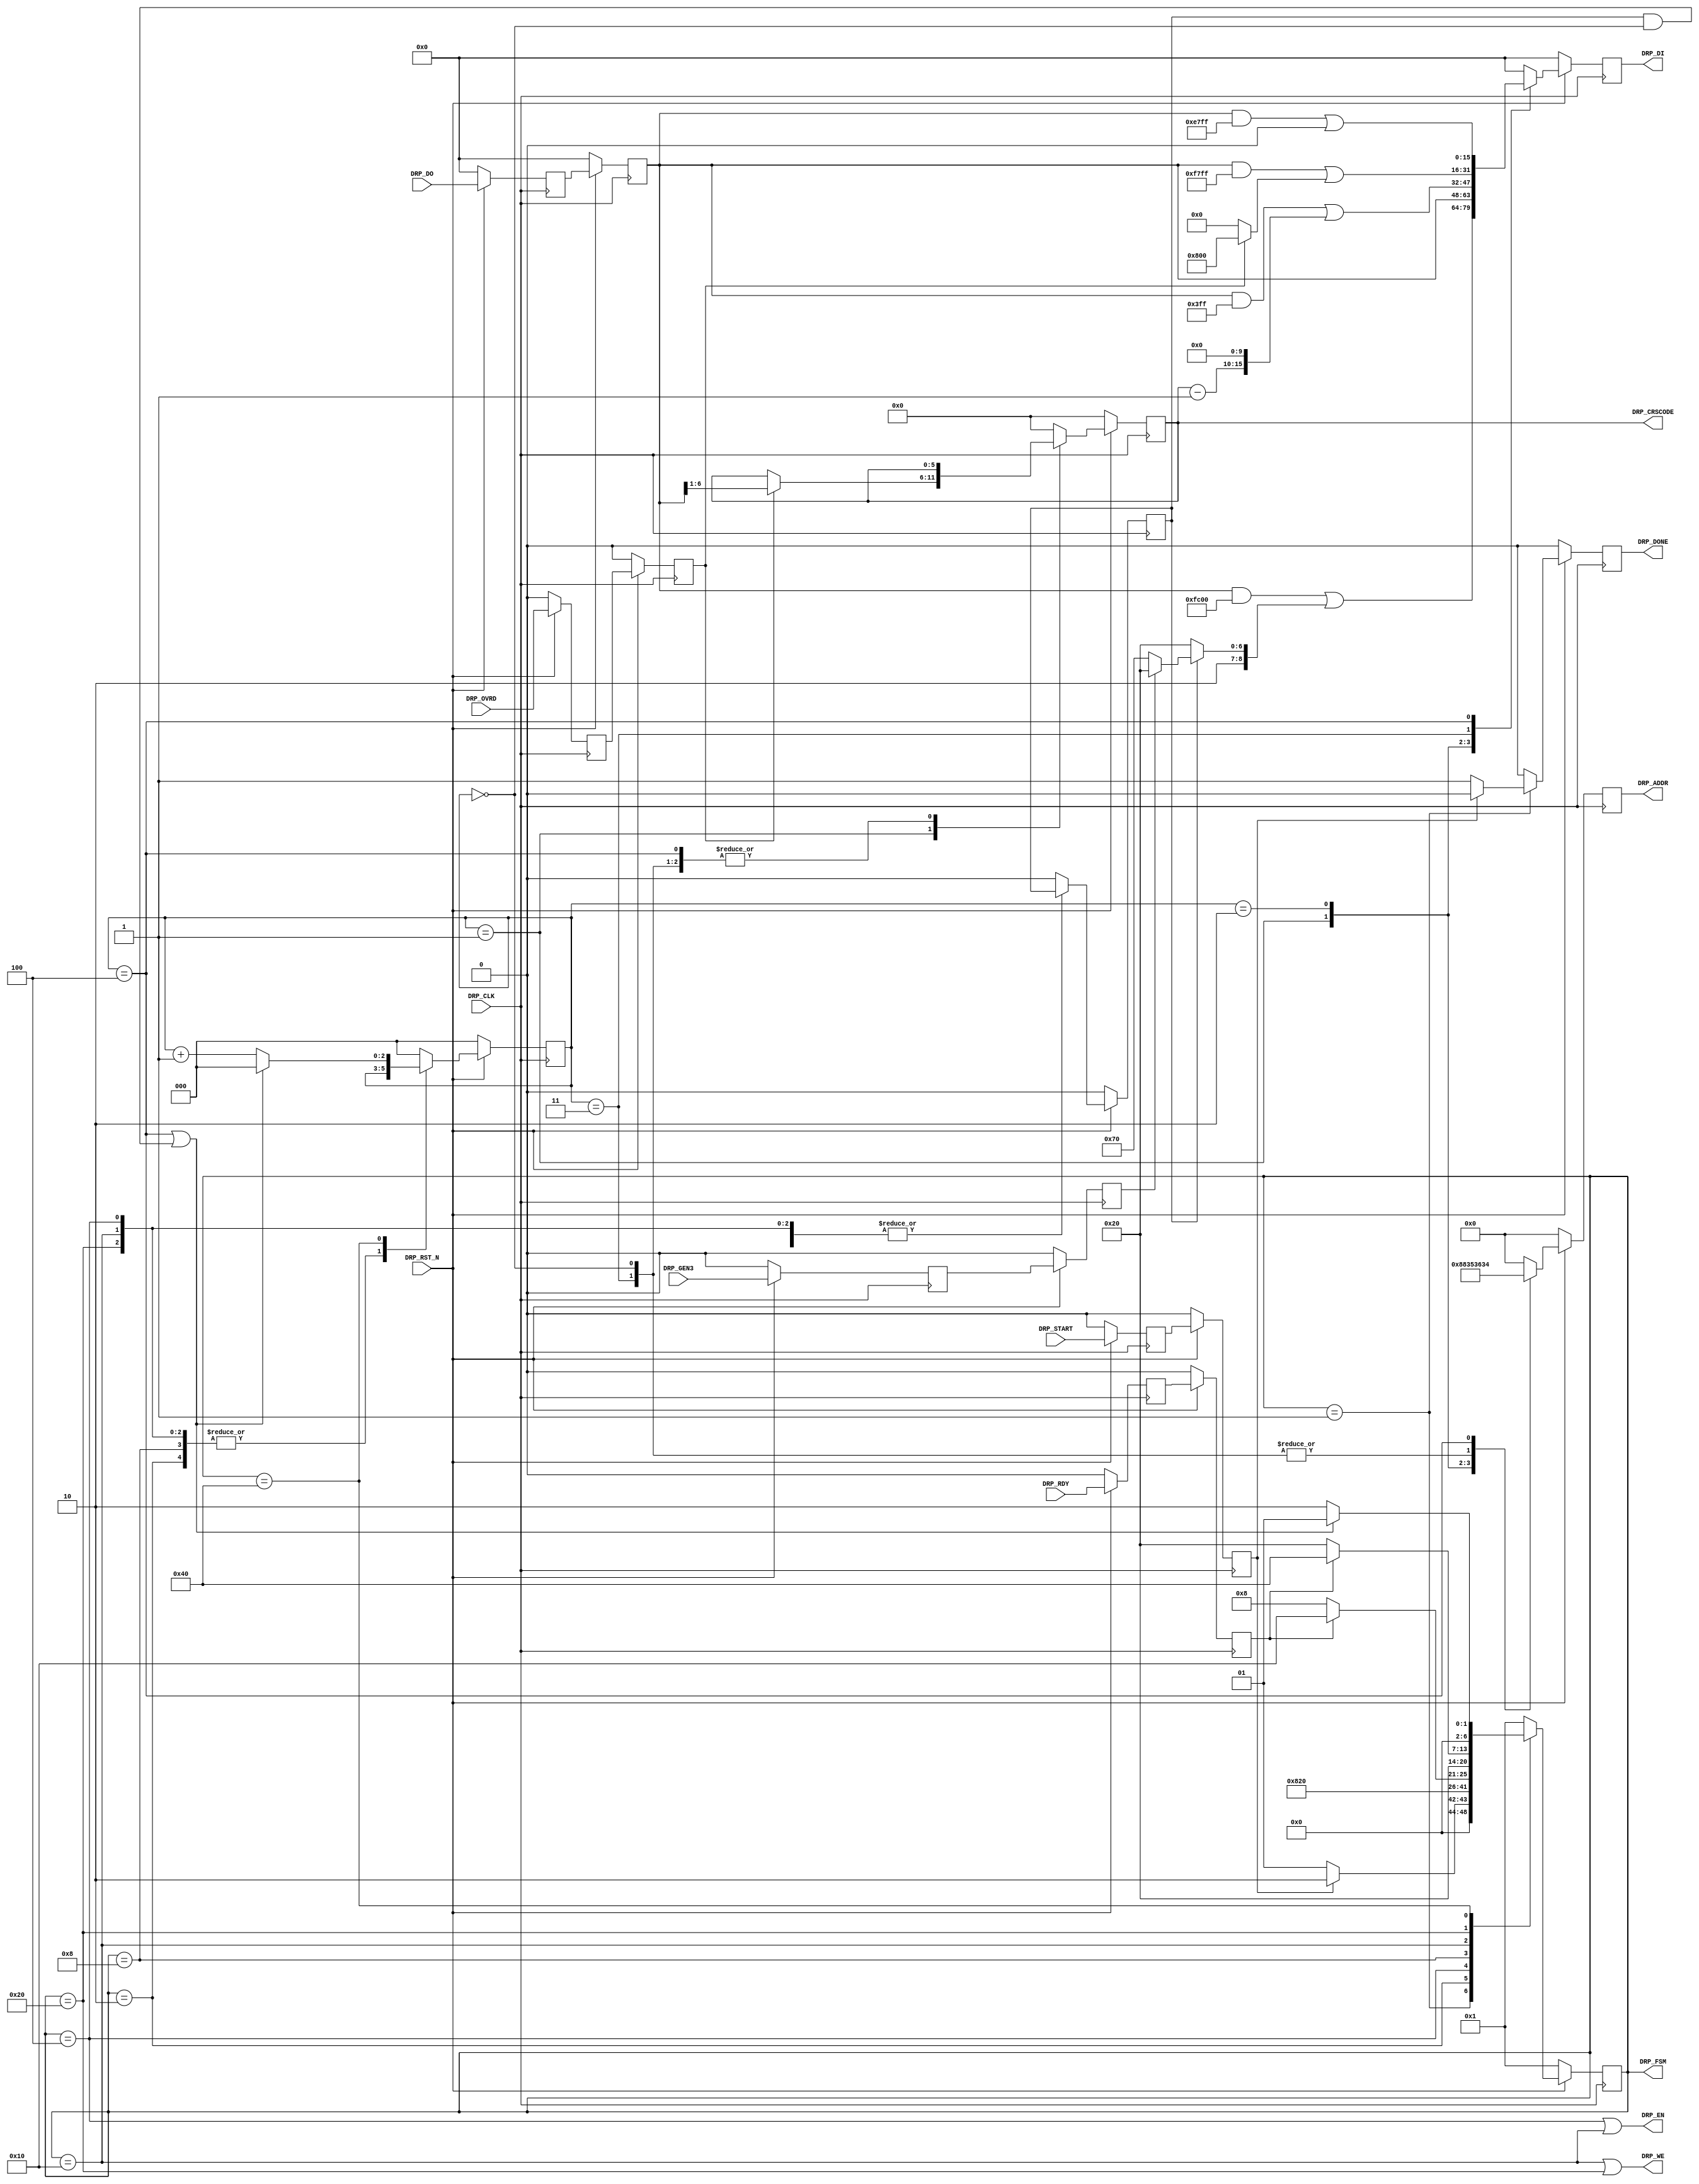
//-----------------------------------------------------------------------------
//
// (c) Copyright 2010-2011 Xilinx, Inc. All rights reserved.
//
// This file contains confidential and proprietary information
// of Xilinx, Inc. and is protected under U.S. and
// international copyright and other intellectual property
// laws.
//
// DISCLAIMER
// This disclaimer is not a license and does not grant any
// rights to the materials distributed herewith. Except as
// otherwise provided in a valid license issued to you by
// Xilinx, and to the maximum extent permitted by applicable
// law: (1) THESE MATERIALS ARE MADE AVAILABLE "AS IS" AND
// WITH ALL FAULTS, AND XILINX HEREBY DISCLAIMS ALL WARRANTIES
// AND CONDITIONS, EXPRESS, IMPLIED, OR STATUTORY, INCLUDING
// BUT NOT LIMITED TO WARRANTIES OF MERCHANTABILITY, NON-
// INFRINGEMENT, OR FITNESS FOR ANY PARTICULAR PURPOSE; and
// (2) Xilinx shall not be liable (whether in contract or tort,
// including negligence, or under any other theory of
// liability) for any loss or damage of any kind or nature
// related to, arising under or in connection with these
// materials, including for any direct, or any indirect,
// special, incidental, or consequential loss or damage
// (including loss of data, profits, goodwill, or any type of
// loss or damage suffered as a result of any action brought
// by a third party) even if such damage or loss was
// reasonably foreseeable or Xilinx had been advised of the
// possibility of the same.
//
// CRITICAL APPLICATIONS
// Xilinx products are not designed or intended to be fail-
// safe, or for use in any application requiring fail-safe
// performance, such as life-support or safety devices or
// systems, Class III medical devices, nuclear facilities,
// applications related to the deployment of airbags, or any
// other applications that could lead to death, personal
// injury, or severe property or environmental damage
// (individually and collectively, "Critical
// Applications"). Customer assumes the sole risk and
// liability of any use of Xilinx products in Critical
// Applications, subject only to applicable laws and
// regulations governing limitations on product liability.
//
// THIS COPYRIGHT NOTICE AND DISCLAIMER MUST BE RETAINED AS
// PART OF THIS FILE AT ALL TIMES.
//
//-----------------------------------------------------------------------------
// Project    : Series-7 Integrated Block for PCI Express
// Version    : 1.3
//------------------------------------------------------------------------------
//  Description  :  QPLL DRP Module for 7 Series Transceiver
//  Version      :  11.2
//------------------------------------------------------------------------------



`timescale 1ns / 1ps



//---------- QPLL DRP Module ---------------------------------------------------
module pcie_7x_v1_3_qpll_drp #
(

    parameter PCIE_PLL_SEL     = "CPLL",                    // PCIe PLL select for Gen1/Gen2 only
    parameter PCIE_REFCLK_FREQ = 0,                         // PCIe reference clock frequency
    parameter INDEX_MAX        = 3'd4                       // Index max count

)

(

    //---------- Input -------------------------------------
    input               DRP_CLK,
    input               DRP_RST_N,
    input               DRP_OVRD,
    input               DRP_GEN3,
    input               DRP_START,
    input       [15:0]  DRP_DO,
    input               DRP_RDY,

    //---------- Output ------------------------------------
    output      [ 7:0]  DRP_ADDR,
    output              DRP_EN,
    output      [15:0]  DRP_DI,
    output              DRP_WE,
    output              DRP_DONE,
    output      [ 5:0]  DRP_CRSCODE,
    output      [ 6:0]  DRP_FSM

);

    //---------- Input Registers ---------------------------
    reg                 ovrd_reg1;
    reg                 gen3_reg1;
    reg                 start_reg1;
    reg         [15:0]  do_reg1;
    reg                 rdy_reg1;

    reg                 ovrd_reg2;
    reg                 gen3_reg2;
    reg                 start_reg2;
    reg         [15:0]  do_reg2;
    reg                 rdy_reg2;

    //---------- Internal Signals --------------------------
    reg         [ 2:0]  index   =  3'd0;
    reg                 mode    =  1'd0;
    reg         [ 5:0]  crscode =  6'd0;

    //---------- Output Registers --------------------------
    reg         [ 7:0]  addr    =  8'd0;
    reg         [15:0]  di      = 16'd0;
    reg                 done    =  1'd0;
    reg         [ 6:0]  fsm     =  7'd1;

    //---------- DRP Address -------------------------------
    localparam          ADDR_QPLL_FBDIV               = 8'h36;
    localparam          ADDR_CRSCODE                  = 8'h88;
    localparam          ADDR_QPLL_COARSE_FREQ_OVRD    = 8'h35;
    localparam          ADDR_QPLL_COARSE_FREQ_OVRD_EN = 8'h36;
    localparam          ADDR_QPLL_LOCK_CFG            = 8'h34;

    //---------- DRP Mask ----------------------------------
    localparam          MASK_QPLL_FBDIV               = 16'b1111110000000000;  // Unmask bit [ 9: 0]
    localparam          MASK_QPLL_COARSE_FREQ_OVRD    = 16'b0000001111111111;  // Unmask bit [15:10]
    localparam          MASK_QPLL_COARSE_FREQ_OVRD_EN = 16'b1111011111111111;  // Unmask bit [   11]
    localparam          MASK_QPLL_LOCK_CFG            = 16'b1110011111111111;  // Unmask bit [12:11]

    //---------- DRP Data for Normal QPLLLOCK Mode ---------
    localparam          NORM_QPLL_COARSE_FREQ_OVRD    = 16'b0000000000000000;  // Coarse freq value
    localparam          NORM_QPLL_COARSE_FREQ_OVRD_EN = 16'b0000000000000000;  // Normal QPLL lock
    localparam          NORM_QPLL_LOCK_CFG            = 16'b0000000000000000;  // Normal QPLL lock config

    //---------- DRP Data for Optimize QPLLLOCK Mode -------
    localparam          OVRD_QPLL_COARSE_FREQ_OVRD    = 16'b0000000000000000;  // Coarse freq value
    localparam          OVRD_QPLL_COARSE_FREQ_OVRD_EN = 16'b0000100000000000;  // Override QPLL lock
    localparam          OVRD_QPLL_LOCK_CFG            = 16'b0000000000000000;  // Override QPLL lock config

    //---------- Select QPLL Feedback Divider --------------
    //  N = 100 for 100 MHz ref clk and 10Gb/s line rate
    //  N =  80 for 125 MHz ref clk and 10Gb/s line rate
    //  N =  40 for 250 MHz ref clk and 10Gb/s line rate
    //------------------------------------------------------
    //  N =  80 for 100 MHz ref clk and  8Gb/s line rate
    //  N =  64 for 125 MHz ref clk and  8Gb/s line rate
    //  N =  32 for 250 MHz ref clk and  8Gb/s line rate
    //------------------------------------------------------
    localparam          QPLL_FBDIV = (PCIE_REFCLK_FREQ == 2) && (PCIE_PLL_SEL == "QPLL") ? 16'b0000000010000000 :
                                     (PCIE_REFCLK_FREQ == 1) && (PCIE_PLL_SEL == "QPLL") ? 16'b0000000100100000 :
                                     (PCIE_REFCLK_FREQ == 0) && (PCIE_PLL_SEL == "QPLL") ? 16'b0000000101110000 :
                                     (PCIE_REFCLK_FREQ == 2) && (PCIE_PLL_SEL == "CPLL") ? 16'b0000000001100000 :
                                     (PCIE_REFCLK_FREQ == 1) && (PCIE_PLL_SEL == "CPLL") ? 16'b0000000011100000 : 16'b0000000100100000;

    localparam          GEN12_QPLL_FBDIV = (PCIE_REFCLK_FREQ == 2) ? 16'b0000000010000000 :
                                           (PCIE_REFCLK_FREQ == 1) ? 16'b0000000100100000 : 16'b0000000101110000;

    localparam          GEN3_QPLL_FBDIV  = (PCIE_REFCLK_FREQ == 2) ? 16'b0000000001100000 :
                                           (PCIE_REFCLK_FREQ == 1) ? 16'b0000000011100000 : 16'b0000000100100000;

    //---------- DRP Data ----------------------------------
    wire        [15:0]  data_qpll_fbdiv;
    wire        [15:0]  data_qpll_coarse_freq_ovrd;
    wire        [15:0]  data_qpll_coarse_freq_ovrd_en;
    wire        [15:0]  data_qpll_lock_cfg;

    //---------- FSM ---------------------------------------
    localparam          FSM_IDLE  = 7'b0000001;
    localparam          FSM_LOAD  = 7'b0000010;
    localparam          FSM_READ  = 7'b0000100;
    localparam          FSM_RRDY  = 7'b0001000;
    localparam          FSM_WRITE = 7'b0010000;
    localparam          FSM_WRDY  = 7'b0100000;
    localparam          FSM_DONE  = 7'b1000000;



//---------- Input FF ----------------------------------------------------------
always @ (posedge DRP_CLK)
begin

    if (!DRP_RST_N)
        begin
        //---------- 1st Stage FF --------------------------
        ovrd_reg1  <=  1'd0;
        gen3_reg1  <=  1'd0;
        start_reg1 <=  1'd0;
        do_reg1    <= 16'd0;
        rdy_reg1   <=  1'd0;
        //---------- 2nd Stage FF --------------------------
        ovrd_reg2  <=  1'd0;
        gen3_reg2  <=  1'd0;
        start_reg2 <=  1'd0;
        do_reg2    <= 16'd0;
        rdy_reg2   <=  1'd0;
        end

    else
        begin
        //---------- 1st Stage FF --------------------------
        ovrd_reg1  <= DRP_OVRD;
        gen3_reg1  <= DRP_GEN3;
        start_reg1 <= DRP_START;
        do_reg1    <= DRP_DO;
        rdy_reg1   <= DRP_RDY;
        //---------- 2nd Stage FF --------------------------
        ovrd_reg2  <= ovrd_reg1;
        gen3_reg2  <= gen3_reg1;
        start_reg2 <= start_reg1;
        do_reg2    <= do_reg1;
        rdy_reg2   <= rdy_reg1;
        end

end



//---------- Select DRP Data ---------------------------------------------------
assign data_qpll_fbdiv               = (gen3_reg2) ? GEN3_QPLL_FBDIV : GEN12_QPLL_FBDIV;
assign data_qpll_coarse_freq_ovrd    =  NORM_QPLL_COARSE_FREQ_OVRD;
assign data_qpll_coarse_freq_ovrd_en = (ovrd_reg2) ? OVRD_QPLL_COARSE_FREQ_OVRD_EN : NORM_QPLL_COARSE_FREQ_OVRD_EN;
assign data_qpll_lock_cfg            = (ovrd_reg2) ? OVRD_QPLL_LOCK_CFG            : NORM_QPLL_LOCK_CFG;



//---------- Update DRP Address and Data ---------------------------------------
always @ (posedge DRP_CLK)
begin

    if (!DRP_RST_N)
        begin
        addr    <=  8'd0;
        di      <= 16'd0;
        crscode <=  6'd0;
        end
    else
        begin

        case (index)

        //--------------------------------------------------
        3'd0 :
            begin
            addr    <= ADDR_QPLL_FBDIV;
            di      <= (do_reg2 & MASK_QPLL_FBDIV) | (mode ? data_qpll_fbdiv : QPLL_FBDIV);
            crscode <= crscode;
            end

        //--------------------------------------------------
        3'd1 :
            begin
            addr <= ADDR_CRSCODE;
            di   <= do_reg2;

            //---------- Latch CRS Code --------------------
            if (ovrd_reg2)
                crscode <= do_reg2[6:1];
            else
                crscode <= crscode;
            end

        //--------------------------------------------------
        3'd2 :
            begin
            addr    <= ADDR_QPLL_COARSE_FREQ_OVRD;
            di      <= (do_reg2 & MASK_QPLL_COARSE_FREQ_OVRD) | {(crscode - 6'd1), data_qpll_coarse_freq_ovrd[9:0]};
            crscode <= crscode;
            end

        //--------------------------------------------------
        3'd3 :
            begin
            addr    <= ADDR_QPLL_COARSE_FREQ_OVRD_EN;
            di      <= (do_reg2 & MASK_QPLL_COARSE_FREQ_OVRD_EN) | data_qpll_coarse_freq_ovrd_en;
            crscode <= crscode;
            end

        //--------------------------------------------------
        3'd4 :
            begin
            addr    <= ADDR_QPLL_LOCK_CFG;
            di      <= (do_reg2 & MASK_QPLL_LOCK_CFG) | data_qpll_lock_cfg;
            crscode <= crscode;
            end

        //--------------------------------------------------
        default :
            begin
            addr    <=  8'd0;
            di      <= 16'd0;
            crscode <=  6'd0;
            end

        endcase

        end

end



//---------- QPLL DRP FSM ------------------------------------------------------
always @ (posedge DRP_CLK)
begin

    if (!DRP_RST_N)
        begin
        fsm   <= FSM_IDLE;
        index <= 3'd0;
        mode  <= 1'd0;
        done  <= 1'd0;
        end
    else
        begin

        case (fsm)

        //---------- Idle State ----------------------------
        FSM_IDLE :

            begin
            if (start_reg2)
                begin
                fsm   <= FSM_LOAD;
                index <= 3'd0;
                mode  <= 1'd0;
                done  <= 1'd0;
                end
            else if ((gen3_reg2 != gen3_reg1) && (PCIE_PLL_SEL == "QPLL"))
                begin
                fsm   <= FSM_LOAD;
                index <= 3'd0;
                mode  <= 1'd1;
                done  <= 1'd0;
                end
            else
                begin
                fsm   <= FSM_IDLE;
                index <= 3'd0;
                mode  <= 1'd0;
                done  <= 1'd1;
                end
            end

        //---------- Load DRP Address  ---------------------
        FSM_LOAD :

            begin
            fsm   <= FSM_READ;
            index <= index;
            mode  <= mode;
            done  <= 1'd0;
            end

        //---------- Read DRP ------------------------------
        FSM_READ :

            begin
            fsm   <= FSM_RRDY;
            index <= index;
            mode  <= mode;
            done  <= 1'd0;
            end

        //---------- Read DRP Ready ------------------------
        FSM_RRDY :

            begin
            fsm   <= (rdy_reg2 ? FSM_WRITE : FSM_RRDY);
            index <= index;
            mode  <= mode;
            done  <= 1'd0;
            end

        //---------- Write DRP -----------------------------
        FSM_WRITE :

            begin
            fsm   <= FSM_WRDY;
            index <= index;
            mode  <= mode;
            done  <= 1'd0;
            end

        //---------- Write DRP Ready -----------------------
        FSM_WRDY :

            begin
            fsm   <= (rdy_reg2 ? FSM_DONE : FSM_WRDY);
            index <= index;
            mode  <= mode;
            done  <= 1'd0;
            end

        //---------- DRP Done ------------------------------
        FSM_DONE :

            begin
            if ((index == INDEX_MAX) || (mode && (index == 3'd0)))
                begin
                fsm   <= FSM_IDLE;
                index <= 3'd0;
                mode  <= mode;
                done  <= 1'd0;
                end
            else
                begin
                fsm   <= FSM_LOAD;
                index <= index + 3'd1;
                mode  <= mode;
                done  <= 1'd0;
                end
            end

        //---------- Default State -------------------------
        default :

            begin
            fsm   <= FSM_IDLE;
            index <= 3'd0;
            mode  <= 1'd0;
            done  <= 1'd0;
            end

        endcase

        end

end



//---------- QPLL DRP Output ---------------------------------------------------
assign DRP_ADDR    = addr;
assign DRP_EN      = (fsm == FSM_READ) || (fsm == FSM_WRITE);
assign DRP_DI      = di;
assign DRP_WE      = (fsm == FSM_WRITE) || (fsm == FSM_WRDY);
assign DRP_DONE    = done;
assign DRP_CRSCODE = crscode;
assign DRP_FSM     = fsm;



endmodule